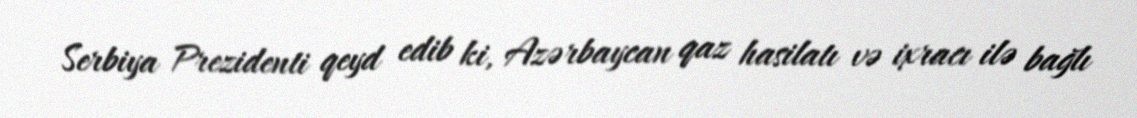
Serbiya Prezidenti qeyd edib ki, Azərbaycan qaz hasilatı və ixracı ilə bağlı